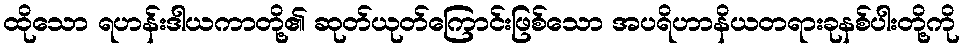
ထိုသော ရဟန်းဒါယကာတို့၏ ဆုတ်ယုတ်ကြောင်းဖြစ်သော အပရိဟာနိယတရားခုနစ်ပါးတို့ကို